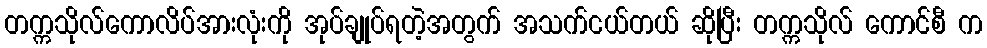
တက္ကသိုလ်ကောလိပ်အားလုံးကို အုပ်ချုပ်ရတဲ့အတွက် အသက်ငယ်တယ် ဆိုပြီး တက္ကသိုလ် ကောင်စီ က